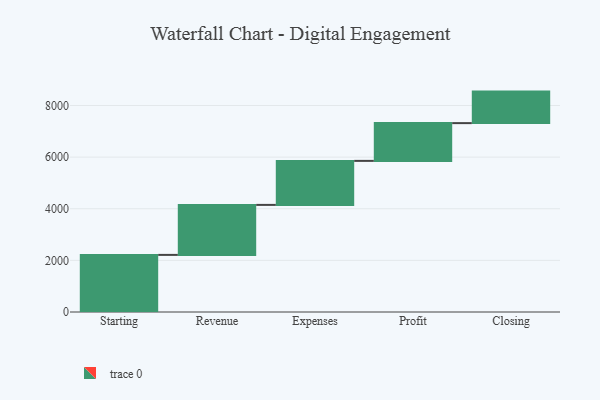
{"axis": {"x": "Step", "y": "Value"}, "legend": [""], "data": [{"x": "Starting", "y": 2212.0, "type": ""}, {"x": "Revenue", "y": 1937.0, "type": ""}, {"x": "Expenses", "y": 1705.0, "type": ""}, {"x": "Profit", "y": 1463.0, "type": ""}, {"x": "Closing", "y": 1221.0, "type": ""}]}